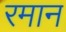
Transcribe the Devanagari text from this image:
रमान